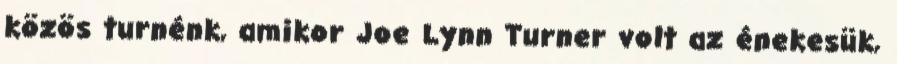
közös turnénk, amikor Joe Lynn Turner volt az énekesük,